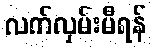
လက်လှမ်းမီရန်